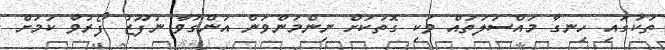
ތަކުގައި ހިނގާ މައްސަލަތައް ވަކި ގޮތަކަށް ނިންމަންވަން އަންގަވާ ނުފޫޒު ފޯރުވާ ކަމަށް